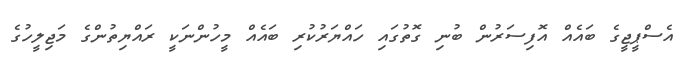
އެސްޕީޖީގެ ބައެއް އޮފިސަރުން ބުނި ގޮތުގައި ހައްޔަރުކުރި ބައެއް މީހުންނަކީ ރައްޔިތުންގެ މަޖިލީހުގެ